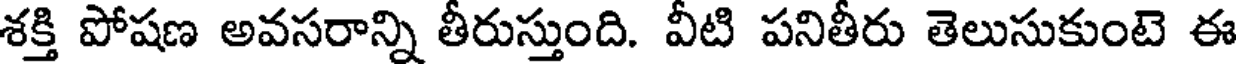
శక్తి పోషణ అవసరాన్ని తీరుస్తుంది. వీటి పనితీరు తెలుసుకుంటె ఈ